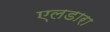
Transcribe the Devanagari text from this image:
एलडारा